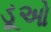
ડૂઓ